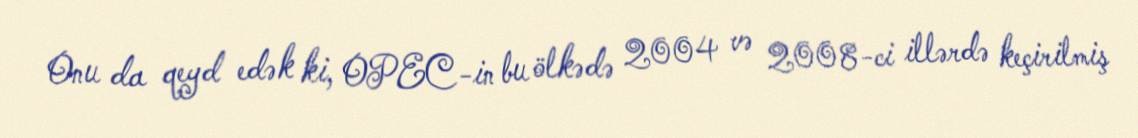
Onu da qeyd edək ki, OPEC-in bu ölkədə 2004 və 2008-ci illərdə keçirilmiş